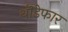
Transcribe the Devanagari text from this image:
थॊडेफार